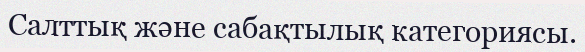
Салттық және сабақтылық категориясы.